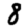
Digit: 8